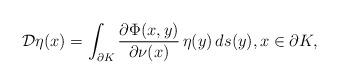
LaTeX: \begin{align*}\mathcal{D} \eta(x) = \int_{\partial K} \dfrac{ \partial \Phi(x,y)}{\partial \nu(x)} \, \eta(y) \, ds(y),x \in \partial K,\end{align*}